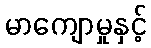
မာကျောမှုနှင့်